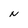
Character: N